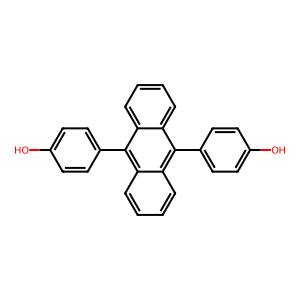
SMILES: Oc1ccc(-c2c3ccccc3c(-c3ccc(O)cc3)c3ccccc23)cc1
Inhibits HIV replication: No